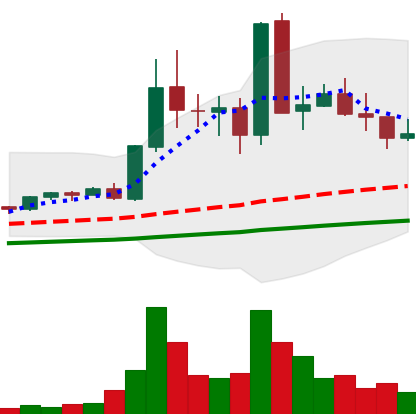
Ticker: EOS-USD
Chart end date: 2021-05-18
Forward return: -53.7%
Label: down_7plus